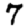
Digit: 7